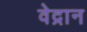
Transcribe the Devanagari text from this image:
वेद्रान